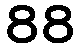
88